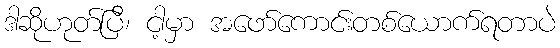
ဒါဆိုဟုတ်ပြီ၊ ငါ့မှာ အဖော်ကောင်းတစ်ယောက်ရတာပဲ